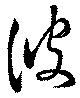
波